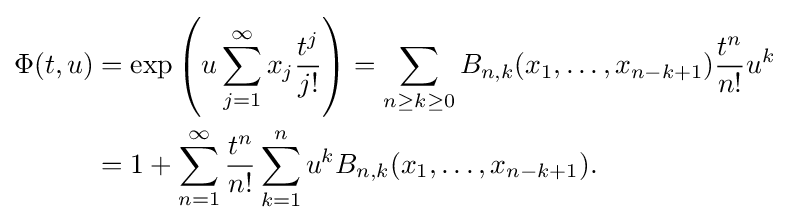
{\begin{aligned}\Phi (t,u)&=\exp \left(u\sum _{j=1}^{\infty }x_{j}{\frac {t^{j}}{j!}}\right)=\sum _{n\geq k\geq 0}B_{n,k}(x_{1},\ldots ,x_{n-k+1}){\frac {t^{n}}{n!}}u^{k}\\&=1+\sum _{n=1}^{\infty }{\frac {t^{n}}{n!}}\sum _{k=1}^{n}u^{k}B_{n,k}(x_{1},\ldots ,x_{n-k+1}).\end{aligned}}